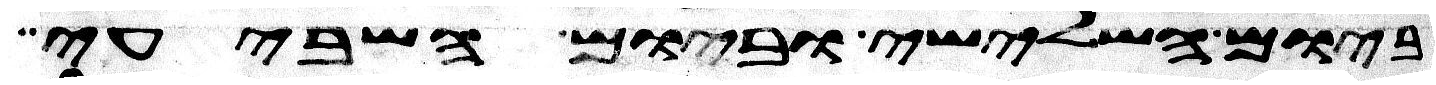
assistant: ביום השלישי וביום השביעי